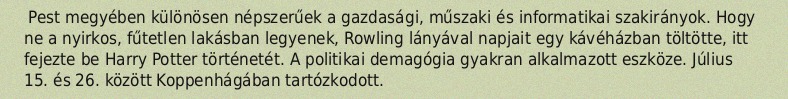
Pest megyében különösen népszerűek a gazdasági, műszaki és informatikai szakirányok. Hogy ne a nyirkos, fűtetlen lakásban legyenek, Rowling lányával napjait egy kávéházban töltötte, itt fejezte be Harry Potter történetét. A politikai demagógia gyakran alkalmazott eszköze. Július 15. és 26. között Koppenhágában tartózkodott.